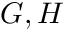
G , H